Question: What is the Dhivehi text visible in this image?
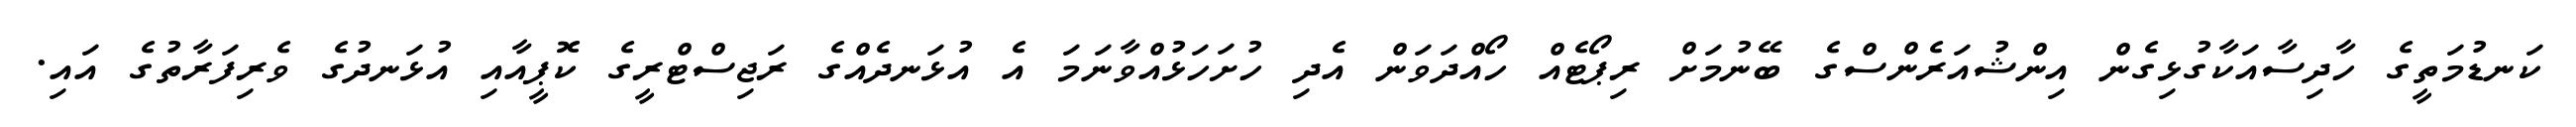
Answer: ކަނޑުމަތީގެ ހާދިސާއަކާގުޅިގެން އިންޝުއަރެންސްގެ ބޭނުމަށް ރިޕޯޓެއް ހޯއްދަވަން އެދި ހުށަހަޅުއްވާނަމަ އެ އުޅަނދެއްގެ ރަޖިސްޓްރީގެ ކޮޕީއާއި އުޅަނދުގެ ވެރިފަރާތުގެ އައި.